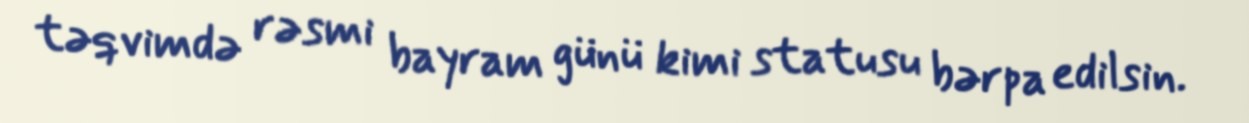
təqvimdə rəsmi bayram günü kimi statusu bərpa edilsin.